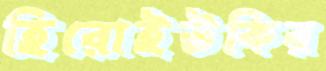
হিরোইউকির